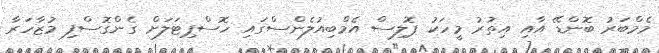
މެމްބަރު ބޮންޑޭ އާއި އިތުރު މީހަކު ޕޮލިސް އެމްބިއުލެންސްގައި ހޮސްޕިޓަލަށް ގެންގޮސްފި މުޒާހަރާ